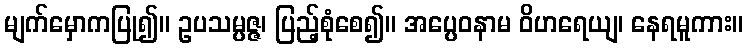
မျက်မှောကပြု၍။ ဥပသမ္ပဇ္ဇ၊ ပြည့်စုံစေ၍။ အပ္ပေဝနာမ ဝိဟရေယျ၊ နေရမူကား။